Vaccine operations Central Provinces 1900-1911 - 1900-1911
Year: 1900
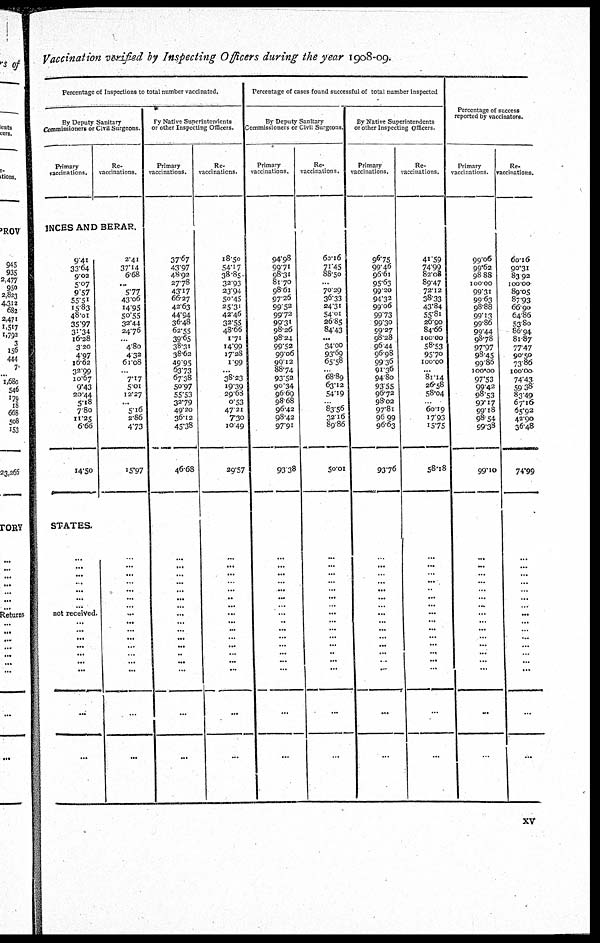
Vaccination verified by Inspecting Officers during the year 1908-09.
Percentage of Inspections to total number vaccinated.
By Deputy Sanitary
Commissioners or Civil Surgeons.
Primary
vaccinations.
Re-
vaccinations.
INCES AND BERAR.
9.41
33.64
9.02
5.07
9.57
55.51
15.83
48.01
35.97
31.34 16.28
3.20
4.97
16.62
32.99
10.67
9.43
20.44
5.18
7.80
11.25
6.66
14.50
STATES.
...
...
...
...
...
...
...
not received
...
...
...
...
...
...
...
...
...
2.41
37.14 6.68
...
5.77
43.06
14.95
50.55
32.44
24.76
...
4.80
4.32
61.08
...
7.17
5.01
12.27
... 5.16
2.86
4.73
15.97
...
...
...
...
...
...
...
...
...
...
...
...
...
...
...
...
...
By Native Superintendents
or other Inspecting Officers.
Primary
vaccinations.
37.67
43.97
48.92
27.78
43.17
66.27
42.63
44.94
36.48
62.55
39.65
38.31
38.62
49.95
63.73
67.38
50.97
55.53
32.79
49.20
36.12
45.38
46.68
...
...
...
...
...
...
...
...
...
...
...
...
...
...
...
...
...
Re-
vaccinations.
18.50
54.17
38.85
32.93
23.94
50.45
25.31
42.46
32.55
48.66
1.71
14.99
17.28
1.99
...
38.23
19.39
29.68
0.53
47.21
7.30
10.42
29.57
...
...
...
...
...
...
...
...
...
...
...
...
...
...
...
...
...
Percentage of cases found successful of total number inspected
By Deputy Sanitary
Commissioners or Civil Surgeons.
Primary
vaccinations.
94.98
99.71
98.31
81.70
98.61
97.26
99.52
99.72
99.31
98.26
98.24
99.52
99.06
99.12
88.74
93.52
90.34
96.69
98.68
96.42
98.42
97.91
93.38
...
...
...
...
...
...
...
...
...
...
...
...
...
...
...
...
...
Re-
vaccinations.
60.16
71.45
88.50
...
70.29
36.33
24.31
54.01
26.85
84.43
...
34.00
93.69
65.58
...
68.89
63.12
54.19
... 83.56
32.16
89.86
50.01
...
...
...
...
...
...
...
...
...
...
...
...
...
...
...
...
...
By Native Superintendents
or other Inspecting Officers.
Primary
vaccinations.
96.75
99.46
96.61
95.63
99.20
94.32
99.06
99.73
99.30
99.27
98.28
96.44
96.98
99.36
91.36
94.80
93.55
96.72
98.02
97.81
96.99
96.63
93.76
...
...
...
...
...
...
...
...
...
...
...
...
...
...
...
...
...
Re-
vaccinations.
41.59
74.99
82.08
89.47
72.12
38.33
43.84
55.81
26.90
84.66
100.00
58.53
95.70
100.00
...
81.14
26.58
58.04
... 60.19
17.93
15.75
58.18
...
...
...
...
...
...
...
...
...
...
...
...
...
...
...
...
...
Percentage of success
reported by vaccinators.
Primary
vaccinations.
99.06
99.62
98.88
100.00
99.31
99.63
98.88
99.13
99.86
99.44
98.78
97.97
98.45
99.86
100.00
97.53
99.42
98.53
90.17
99.18
98.54
99.38
99.10
...
...
...
...
...
...
...
...
...
...
...
...
...
...
...
...
...
Re-
vaccinations.
60.16
90.31
83.92
100.00
89.05
87.93
66.90
64.86
53.80
86.94
81.87
77.47
90.50
73.86
100.00
74.43
59.38
83.49
67.16
65.92
42.90
36.48
74.99
...
...
...
...
...
...
...
...
...
...
...
...
...
...
...
...
xv